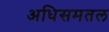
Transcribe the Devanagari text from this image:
अधिसमतल